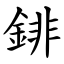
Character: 䤵